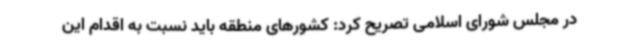
در مجلس شورای اسلامی تصریح کرد: کشورهای منطقه باید نسبت به اقدام این